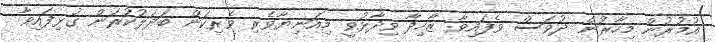
އުމުރުން މިހާރުން ދުވަސް ވެފައިވާ ޒާހިދާ ވިދާޅުވީ މިއަނިޔާވެރި ވެރިކަން ބަދަލުކުރަން ގުޅިފައިވާ